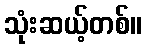
သုံးဆယ့်တစ်။